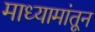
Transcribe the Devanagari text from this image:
माध्यामांतून